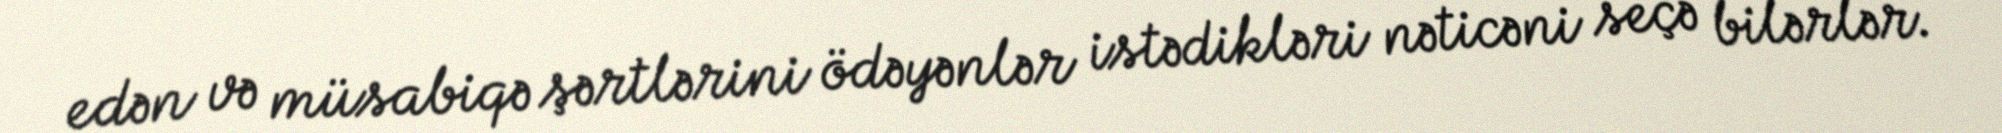
edən və müsabiqə şərtlərini ödəyənlər istədikləri nəticəni seçə bilərlər.